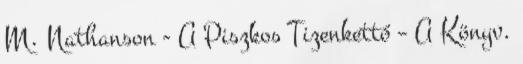
M. Nathanson - A Piszkos Tizenkettő – A Könyv.